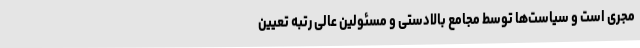
مجری است و سیاست‌ها توسط مجامع بالادستی و مسئولین عالی رتبه تعیین